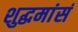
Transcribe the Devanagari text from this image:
शुद्धमांसं